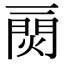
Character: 𤌎